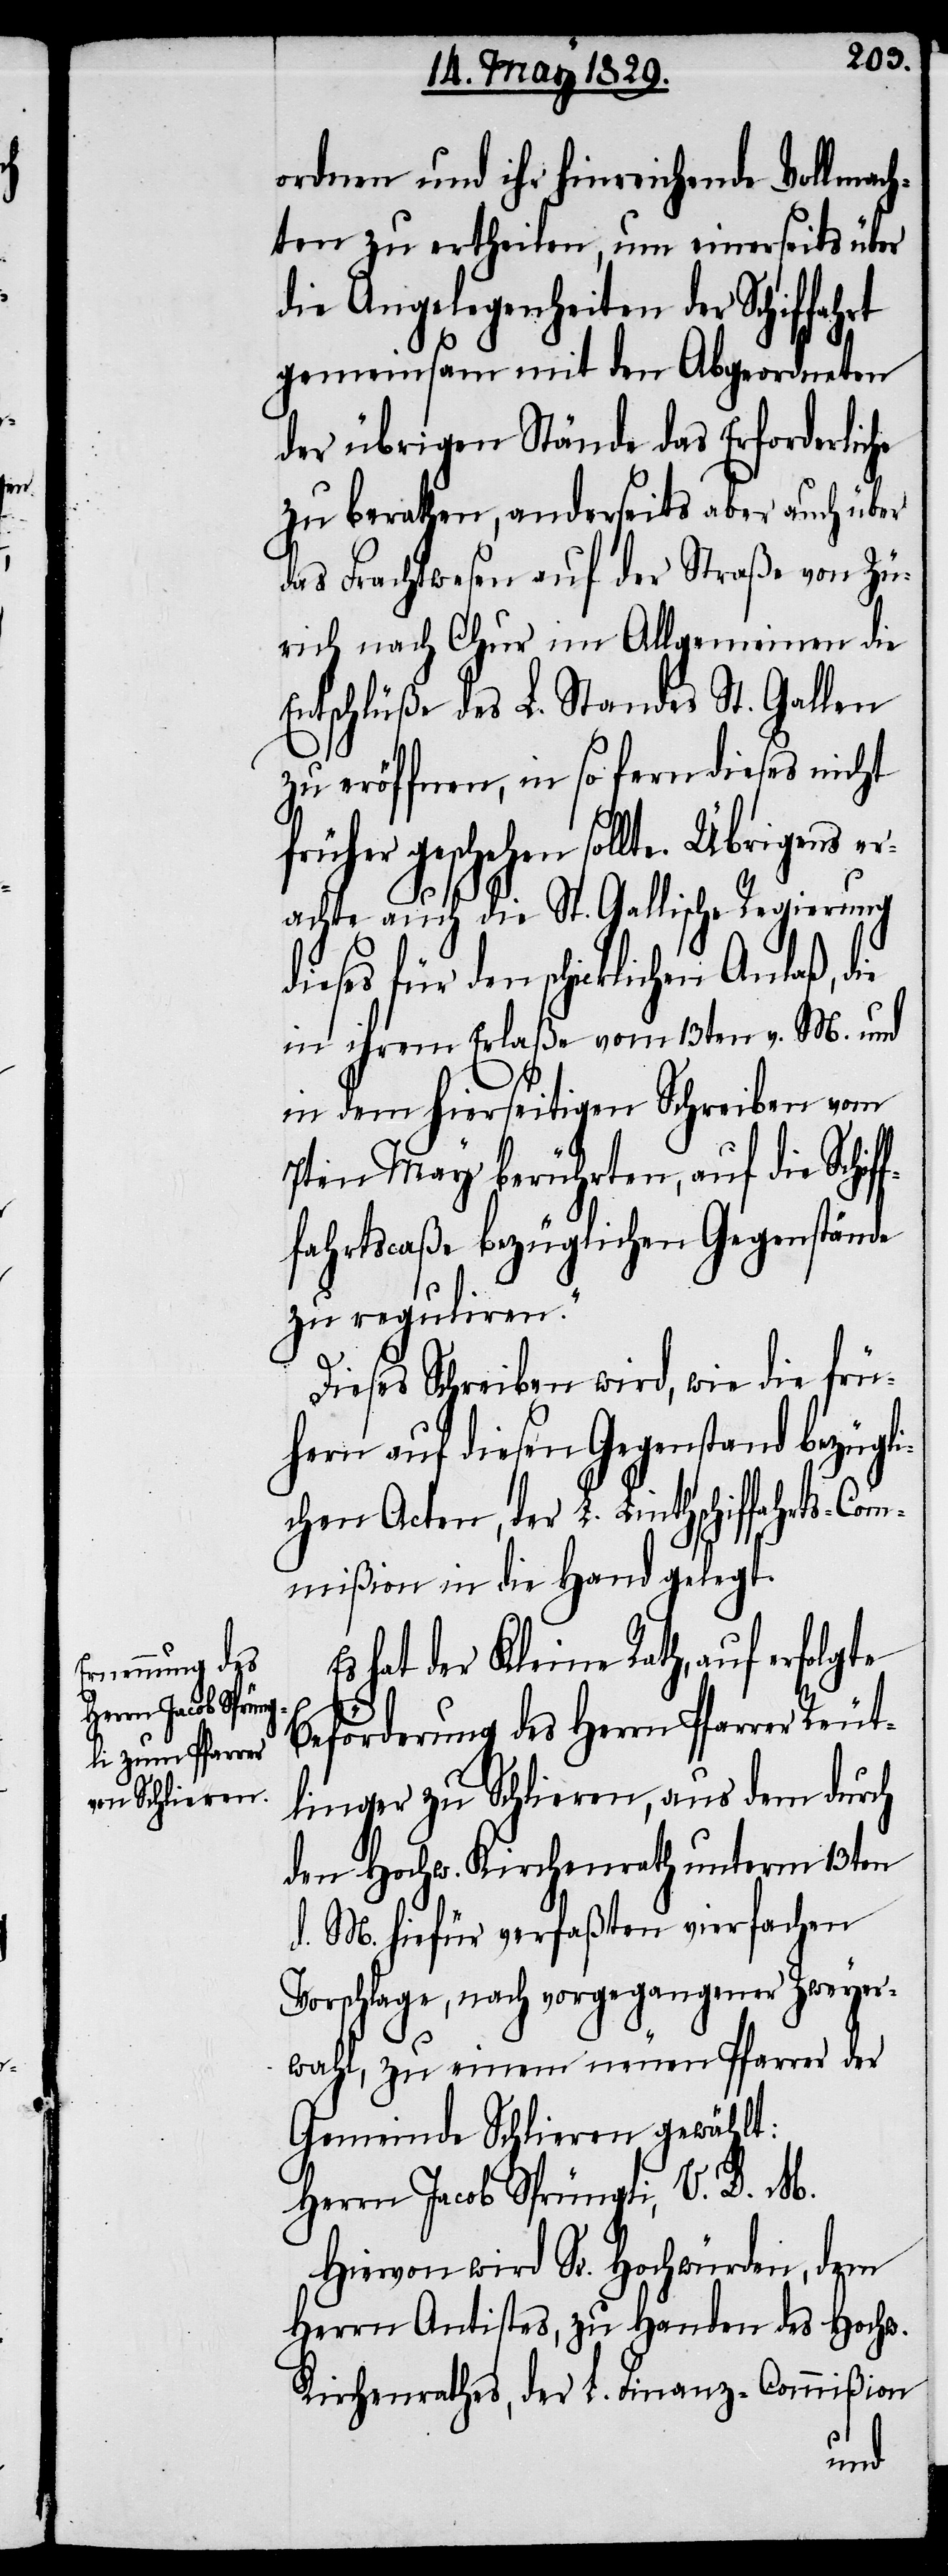
ordnen und ihr hinreichende Vollmach¬
ten zu ertheilen, um einerseits über
die Angelegenheiten der Schiffahrt
gemeinsam mit den Abgeordneten
der übrigen Stände Erforderliche
zu berathen, anderseits aber auch über
das Frachtwesen auf der Straße von Zü¬
rich nach Chur im Allgemeinen die
Entschlüße des L. Standes St. Gallen
zu eröffnen, in so fern dieses nicht
früher geschehen sollte. Übrigens er¬
achte auch die St. Gallische Regierung
dieses für den schicklichen Anlaß, die
in ihrem Erlaße vom 13ten v. M. und
in dem hierseitigen Schreiben vom
7ten May berührten, auf die Schif¬
fahrtscaße bezüglichen Gegenstände
zu reguliren.“
Dieses Schreiben wird, wie die frü¬
hern auf diesen Gegenstand bezügl¬
ichen Acten, der L. Linthschiffahrts-Com¬
mißion in die Hand gelegt.
hat der Kleine Rath, auf erfolgte
Beförderung des Herrn Pfarrer Reut¬
linger zu Schlieren, aus dem durch
den Hochw. Kirchenrath unterm 13ten
d. M. hiefür verfaßten vierfachen
Vorschlage, nach vorgegangener Zweyer¬
wahl, zu einem neuen Pfarrer der
Gemeinde Schlieren gewählt:
Herrn Jacob Sprüngli, V. D. M.
Hiervon wird Sr. Hochwürden, dem
Herrn Antistes, zu Handen des Hochw.
Kirchenrathes, der L. Finanz-Commißion